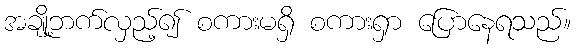
အချို့ဘက်လှည့်၍ စကားမရှိ စကားရှာ ပြောနေရသည်။